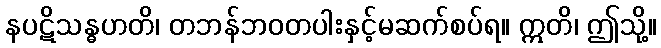
နပဋိသန္ဓဟတိ၊ တဘန်ဘဝတပါးနှင့်မဆက်စပ်ရ။ ဣတိ၊ ဤသို့။